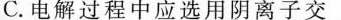
C.电解过程中应选用阴离子交